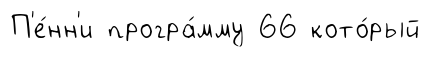
П'е́нн'и програ́мму 66 кото́рый